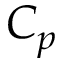
C _ { p }